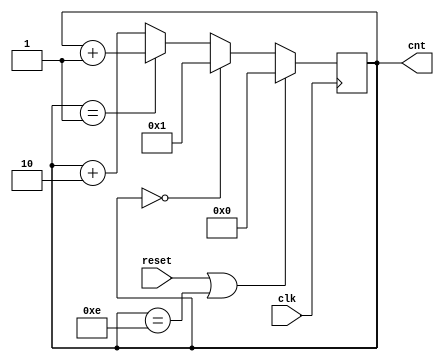
`timescale 1ns / 1ps
//////////////////////////////////////////////////////////////////////////////////
// Company: 
// Engineer: 
// 
// Design Name: 
// Module Name:    ecounter 
// Project Name: 
// Target Devices: 
// Tool versions: 
// Description: 
//
// Dependencies: 
//
// Revision: 
// Revision 0.01 - File Created
// Additional Comments: 
//
//////////////////////////////////////////////////////////////////////////////////
module ecounter(
    input clk,
    input reset,
    output [3:0]cnt
    );

	reg [3:0]q;
	always @(posedge clk)
    begin
    if(reset | q == 4'b1110)
			q <= 4'b0000;
    else if (q == 4'b0000)
         q <= 4'b0001;
    else if (q == 4'b0001)
         q <= q + 4'b0001;
    else
         q <= q + 4'b0010;
    end
    assign cnt = q;

endmodule